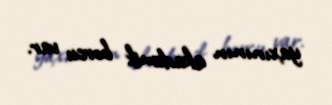
yaxınının akademik borcu var.